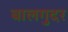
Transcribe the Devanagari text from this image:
बालगुदर